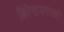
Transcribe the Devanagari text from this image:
बिरेन्द्रनगरको